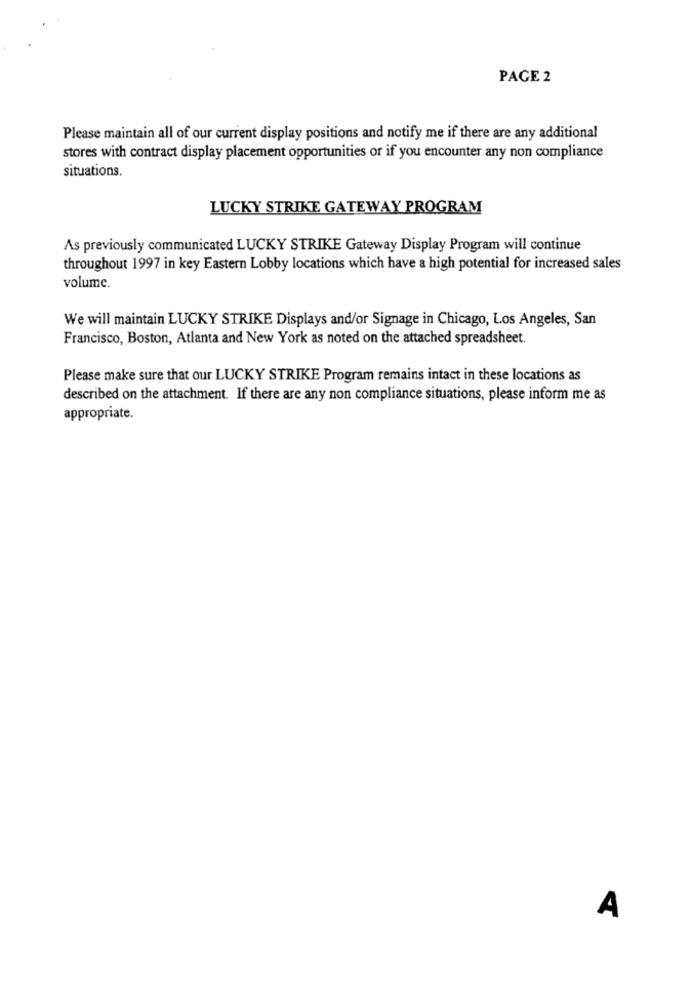
PAGE 2
Please maintain all of our current display positions and notify me if there are any additional
stores with contract display placement opportunities or if you encounter any non compliance
situations.
LUCKY STRIKE GATEWAY PROGRAM
As previously communicated LUCKY STRIKE Gateway Display Program will continue
throughout 1997 in key Eastern Lobby locations which have a high potential for increased sales
volume.
We will maintain LUCKY STRIKE Displays and/or Signage in Chicago, Los Angeles, San
Francisco, Boston, Atlanta and New York as noted on the attached spreadsheet.
Please make sure that our LUCKY STRIKE Program remains intact in these locations as
described on the attachment. If there are any non compliance situations, please inform me as
appropriate.
A